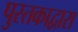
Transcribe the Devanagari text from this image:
पुस्तकाद्वारा